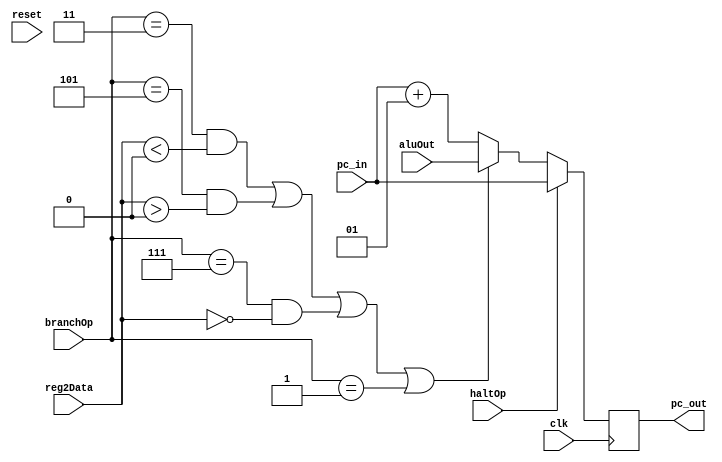
module branching_mechanism(
    input signed [31:0] pc_in, 
    input signed [31:0] reg2Data,
    input [2:0] branchOp,
    input [31:0] aluOut,
    input haltOp,
    input clk,
    input reset,    
    output reg [31:0] pc_out
);

    always @(posedge clk)
    begin
        // $display("%d", (branchOp == 3'b011 && reg2Data < 0));
        // if ((branchOp == 3'b011 && reg2Data < 0) || 
        //          (branchOp == 3'b101 && reg2Data > 0) || 
        //          (branchOp == 3'b111 && reg2Data == 0))
        //          $display("\n\n\n\nWeird Ahh Branching\n\n\n\n");
        if (reset == 1)
            pc_out = 0;
        if (haltOp == 0)
            begin
            if ((branchOp == 3'b011 && reg2Data < 0) || 
                    (branchOp == 3'b101 && reg2Data > 0) || 
                    (branchOp == 3'b111 && reg2Data == 0) ||
                    (branchOp == 3'b001))
                pc_out = aluOut;
            else
                pc_out = pc_in + 1;
            end
        else if (haltOp == 1)
            pc_out = pc_in;
        $display("branching_mechanism: pc_out = %d", pc_out);
    end
endmodule